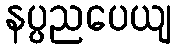
နပ္ပညပေယျ